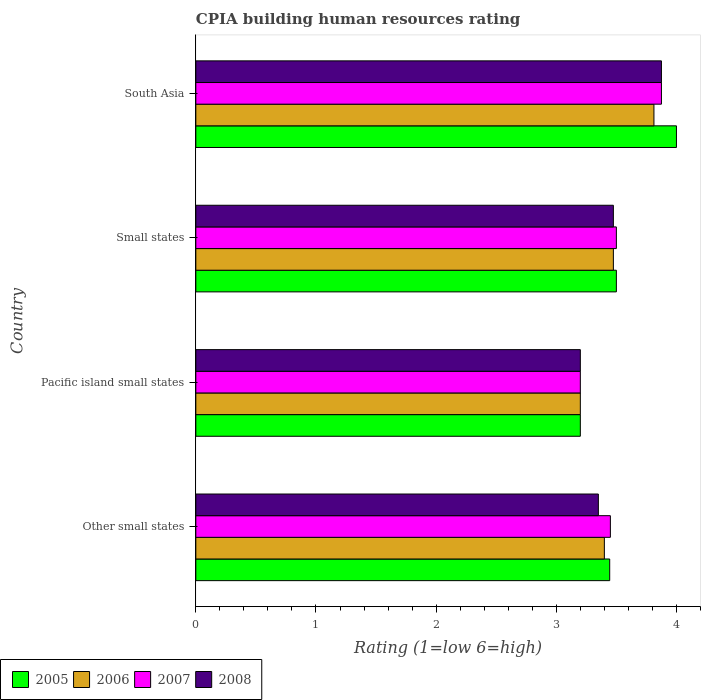
| Country | 2005 | 2006 | 2007 | 2008 |
 | --- | --- | --- | --- | --- |
 | Other small states | 3.44 | 3.4 | 3.45 | 3.35 |
 | Pacific island small states | 3.2 | 3.2 | 3.2 | 3.2 |
 | Small states | 3.5 | 3.48 | 3.5 | 3.48 |
 | South Asia | 4 | 3.81 | 3.88 | 3.88 |